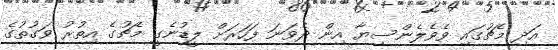
އަދި މެޗުގައި ވެވެލެންސިޔާ އިން ދެވަނަ ފަހަރަށް ލީޑުނެގީ މެޗުގެ އިތުރު ވަގުތުގެ